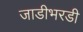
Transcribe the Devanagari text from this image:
जाडीभरडी